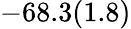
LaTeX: -68.3(1.8)